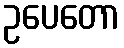
ဥပေတော